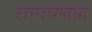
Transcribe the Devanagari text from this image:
रामायणफ़